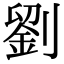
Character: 劉